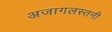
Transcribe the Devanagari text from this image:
अजागलस्तनी